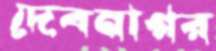
দেবনাগর